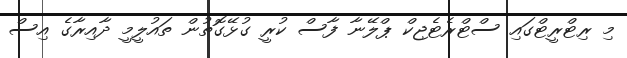
މި ރިޓްރީޓްގައި ސްޓްރެޓެޖިކް ޕްލޭނާ ފާސް ކުރީ ގުޅޭގޮތުން ތައުލީމީ ދާއިރާގެ އިސް